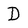
Character: D